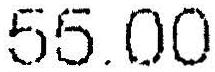
55.00